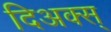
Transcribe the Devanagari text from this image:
दिअक्स्